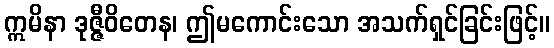
ဣမိနာ ဒုဇ္ဇီဝိတေန၊ ဤမကောင်းသော အသက်ရှင်ခြင်းဖြင့်။